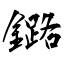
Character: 鏴